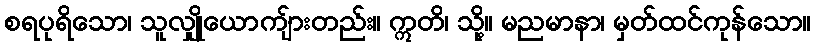
စရပုရိသော၊ သူလျှိုယောကျ်ားတည်း။ ဣတိ၊ သို့။ မညမာနာ၊ မှတ်ထင်ကုန်သော။